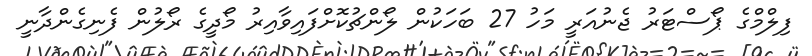
ފިލްމްގެ ޕޯސްޓަރު ޖެނުއަރީ މަހު 27 ބަހަކުން ލޯންޗުކޮށްފައިވާއިރު މޯދީގެ ރޯލުން ފެނިގެންދާނީ